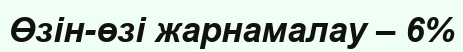
Өзін-өзі жарнамалау – 6%